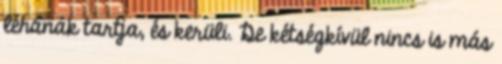
léhának tartja, és kerüli. De kétségkívül nincs is más